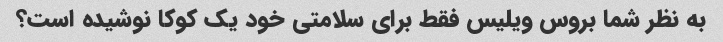
به نظر شما بروس ویلیس فقط برای سلامتی خود یک کوکا نوشیده است؟